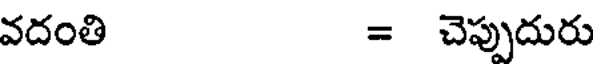
వదంతి = చెప్పుదురు